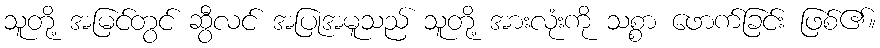
သူတို့ အမြင်တွင် ဆွီလင် အပြုအမူသည် သူတို့ အားလုံးကို သစ္စာ ဖောက်ခြင်း ဖြစ်၏။